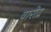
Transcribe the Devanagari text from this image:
वारीद्र